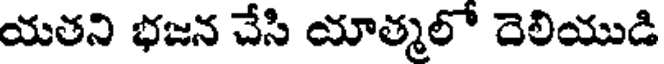
యతని భజన చేసి యాత్మలో దెలియుడి